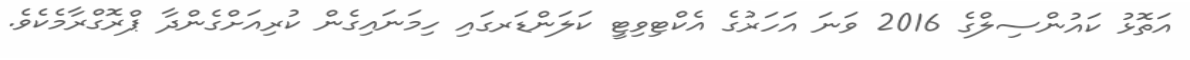
އަތޮޅު ކައުންސިލްގެ 2016 ވަނަ އަހަރުގެ އެކްޓިވިޓީ ކަލަންޑަރގައި ހިމަނައިގެން ކުރިއަށްގެންދާ ޕްރޮގްރާމެކެވެ.